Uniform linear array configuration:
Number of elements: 64
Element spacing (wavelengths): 0.5
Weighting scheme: cosine
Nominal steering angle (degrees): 30
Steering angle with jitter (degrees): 29.603
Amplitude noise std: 0.05
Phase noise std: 0.05

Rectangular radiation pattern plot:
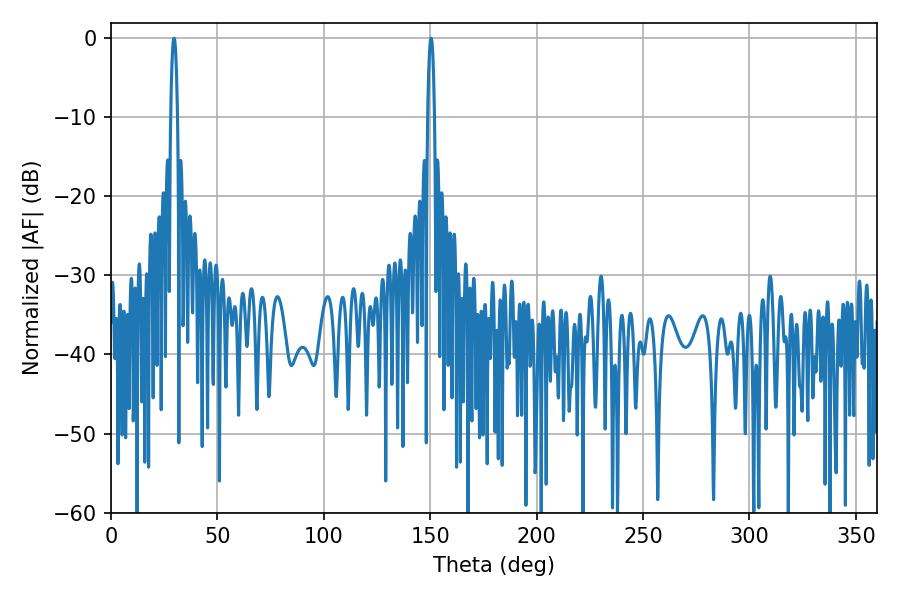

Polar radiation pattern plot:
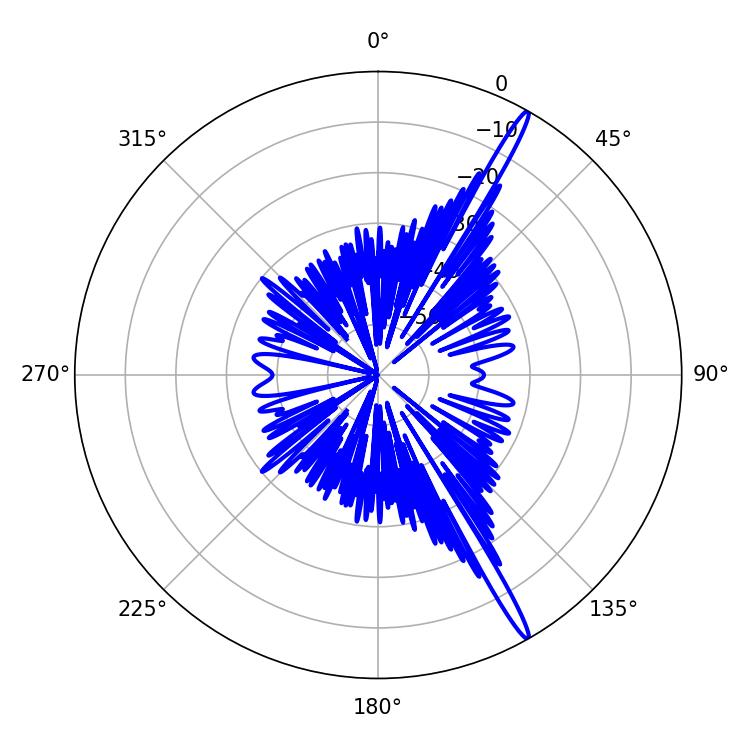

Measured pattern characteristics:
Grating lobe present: FALSE
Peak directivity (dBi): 17.458
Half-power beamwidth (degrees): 1.62
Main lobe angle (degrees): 150.48